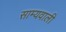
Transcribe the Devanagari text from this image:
साम्यवाली